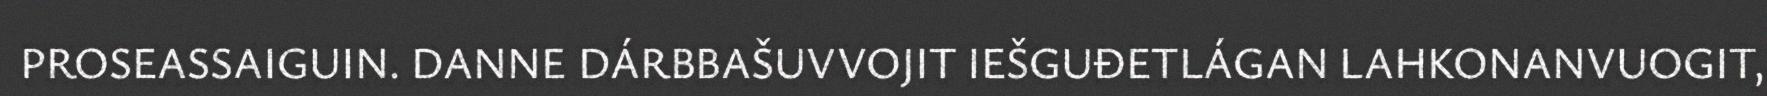
PROSEASSAIGUIN. DANNE DÁRBBAŠUVVOJIT IEŠGUĐETLÁGAN LAHKONANVUOGIT,